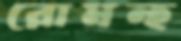
রোমন্হ